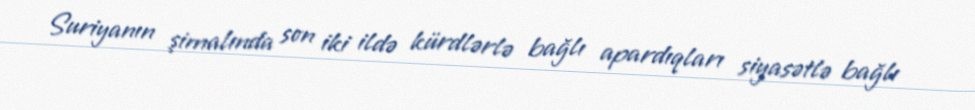
Suriyanın şimalında son iki ildə kürdlərlə bağlı apardıqları siyasətlə bağlı